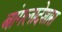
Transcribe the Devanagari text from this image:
बांगलादेशास